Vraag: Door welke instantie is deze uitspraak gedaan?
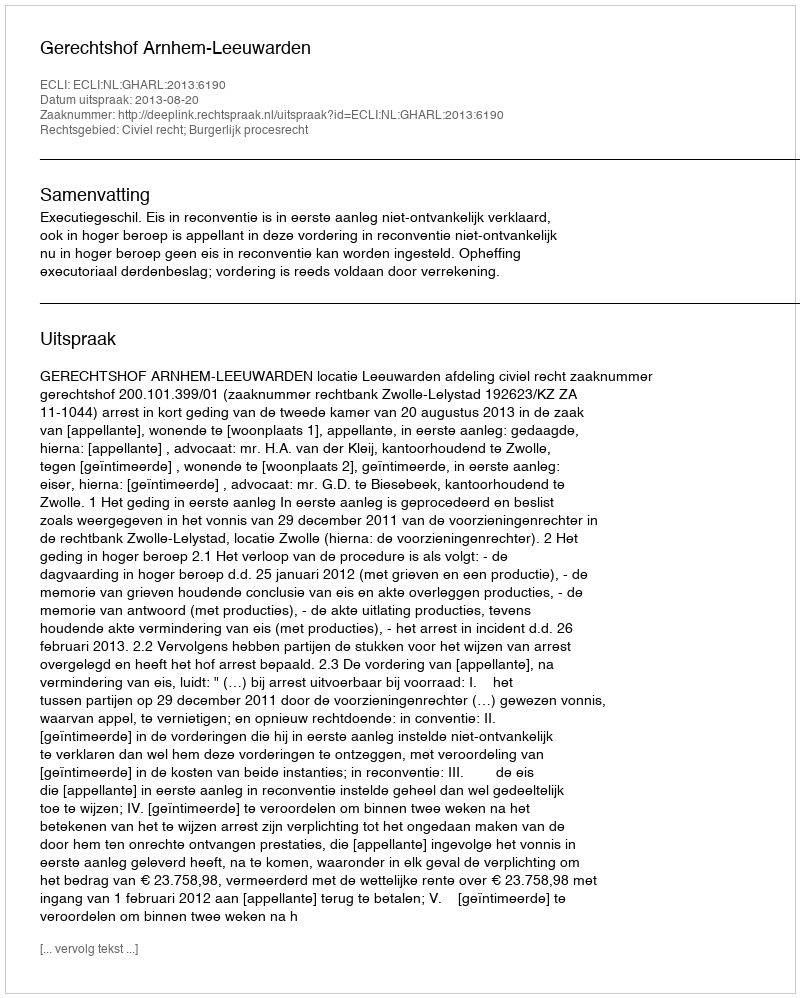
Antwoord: Gerechtshof Arnhem-Leeuwarden